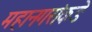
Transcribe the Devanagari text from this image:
महानगरांकडे